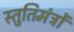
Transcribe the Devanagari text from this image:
स्तुतिमंत्रों